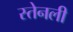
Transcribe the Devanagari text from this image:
स्तेनली